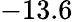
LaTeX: -13.6